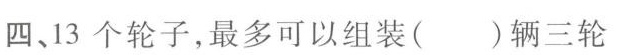
四、13个轮子，最多可以组装()辆三轮